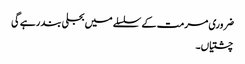
ضروری مرمت کے سلسلے میں بجلی بند رہے گی
چشتیاں۔